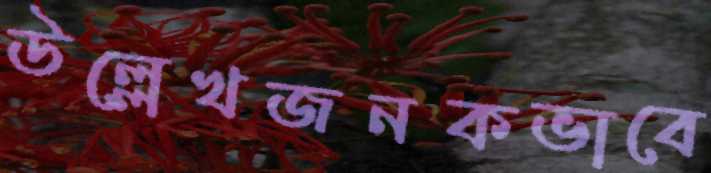
উল্লেখজনকভাবে